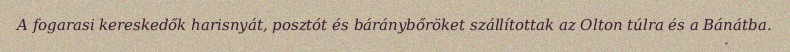
A fogarasi kereskedők harisnyát, posztót és báránybőröket szállítottak az Olton túlra és a Bánátba.